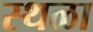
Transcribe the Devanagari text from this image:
स्थळा